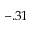
- . 3 1